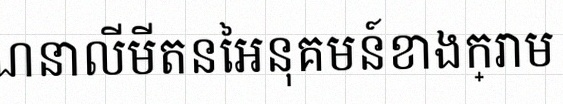
គណនាលីមីតនៃអនុគមន៍ខាងក្រោម